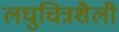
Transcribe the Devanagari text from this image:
लघुचित्रशैली